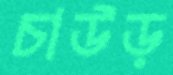
চাউড়